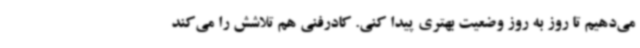
می‌دهیم تا روز به روز وضعیت بهتری پیدا کنی. کادرفنی هم تلاشش را می‌کند